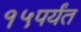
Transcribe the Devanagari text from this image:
१५पर्यंत